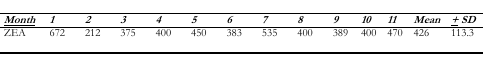
<table><thead><tr><td><b><i><underline>Month</underline></i></b></td><td><b><i>1</i></b></td><td><b><i>2</i></b></td><td><b><i>3</i></b></td><td><b><i>4</i></b></td><td><b><i>5</i></b></td><td><b><i>6</i></b></td><td><b><i>7</i></b></td><td><b><i>8</i></b></td><td><b><i>9</i></b></td><td><b><i>10</i></b></td><td><b><i>11</i></b></td><td><b><i>Mean</i></b></td><td><b><i>± SD</i></b></td></tr></thead><tbody><tr><td>ZEA</td><td>672</td><td>212</td><td>375</td><td>400</td><td>450</td><td>383</td><td>535</td><td>400</td><td>389</td><td>400</td><td>470</td><td>426</td><td>113.3</td></tr></tbody></table>